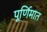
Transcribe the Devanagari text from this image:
पूर्णिमात